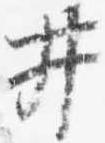
井